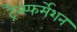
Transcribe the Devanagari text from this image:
ट्रैन्स्फर्मेशन